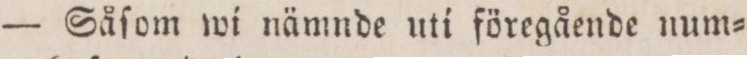
— Såſom wi nämnde uti föregående num=